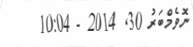
ނޮވެމްބަރު 30